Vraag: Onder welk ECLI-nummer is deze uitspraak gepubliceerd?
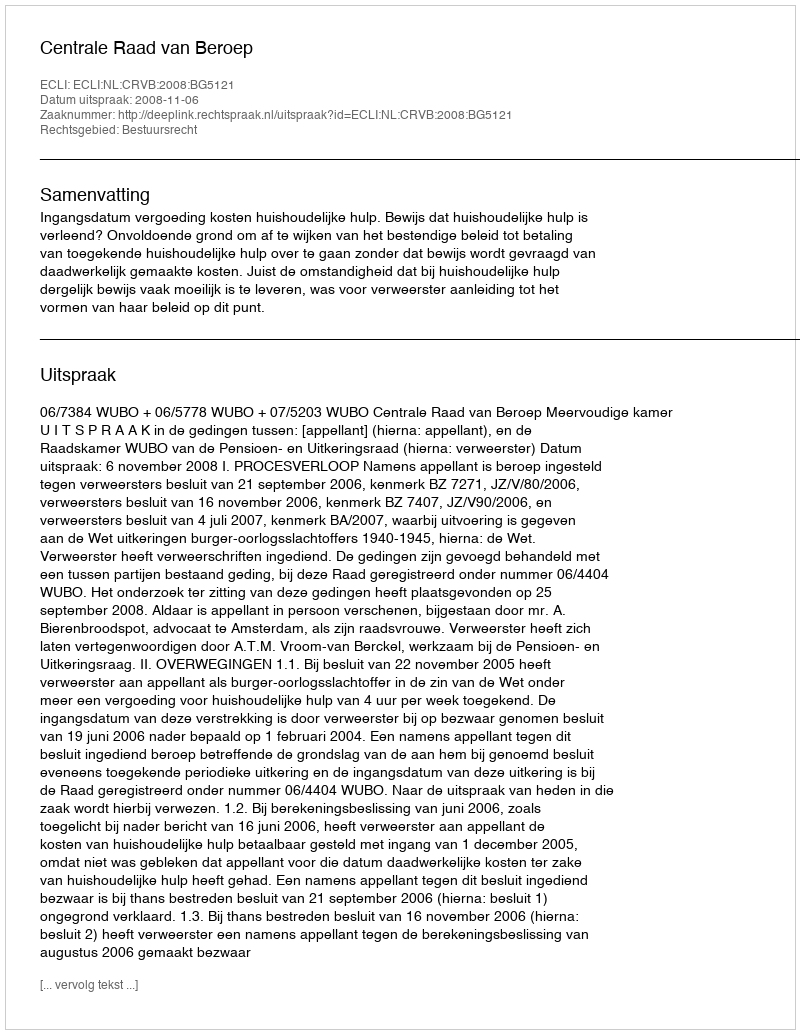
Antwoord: ECLI:NL:CRVB:2008:BG5121